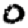
Digit: 0